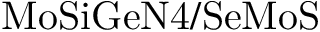
\mathrm { M o S i G e N 4 / S e M o S }